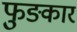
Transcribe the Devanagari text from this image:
फुङकार